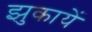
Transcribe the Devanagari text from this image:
झुकायें